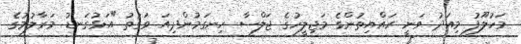
މަހުލޫފު މިއަދު ވަނީ ރައްޔިތުންގެ މަޖިލީހުގެ ޖަލްސާ ހިނގަމުންދިއަ ވަގުތު "އަޅުގަނޑު މަރާލުމުގެ